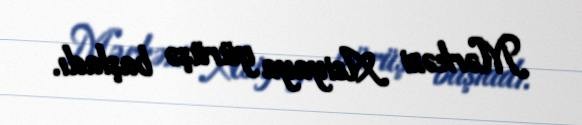
Mərkəzi Asiyaya yürüşə başladı.